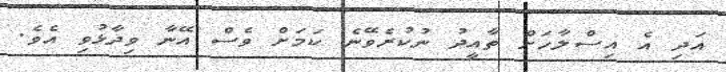
އަދި އެ އިސްލާހަށް ތާއީދު ނުކުރެވޭނެ ކަމަށް ވެސް އޭނާ ވިދާޅުވި އެވެ.